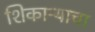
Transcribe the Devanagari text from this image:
शिकाऱ्याचा